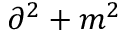
\partial ^ { 2 } + m ^ { 2 }